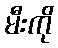
မီးကို